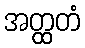
အတ္ထတံ